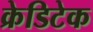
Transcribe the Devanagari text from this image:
क्रेडिटेक